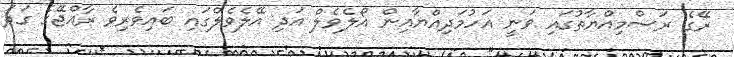
ރޭގެ ރަސްމިއްޔާތުގައި ވަނީ އަހުމަދިއްޔާއިން އޯލެވެލް އަދި އޭލެވެލްގައި ބައިވެރިވެ ރާއްޖޭގެ ގަދަ